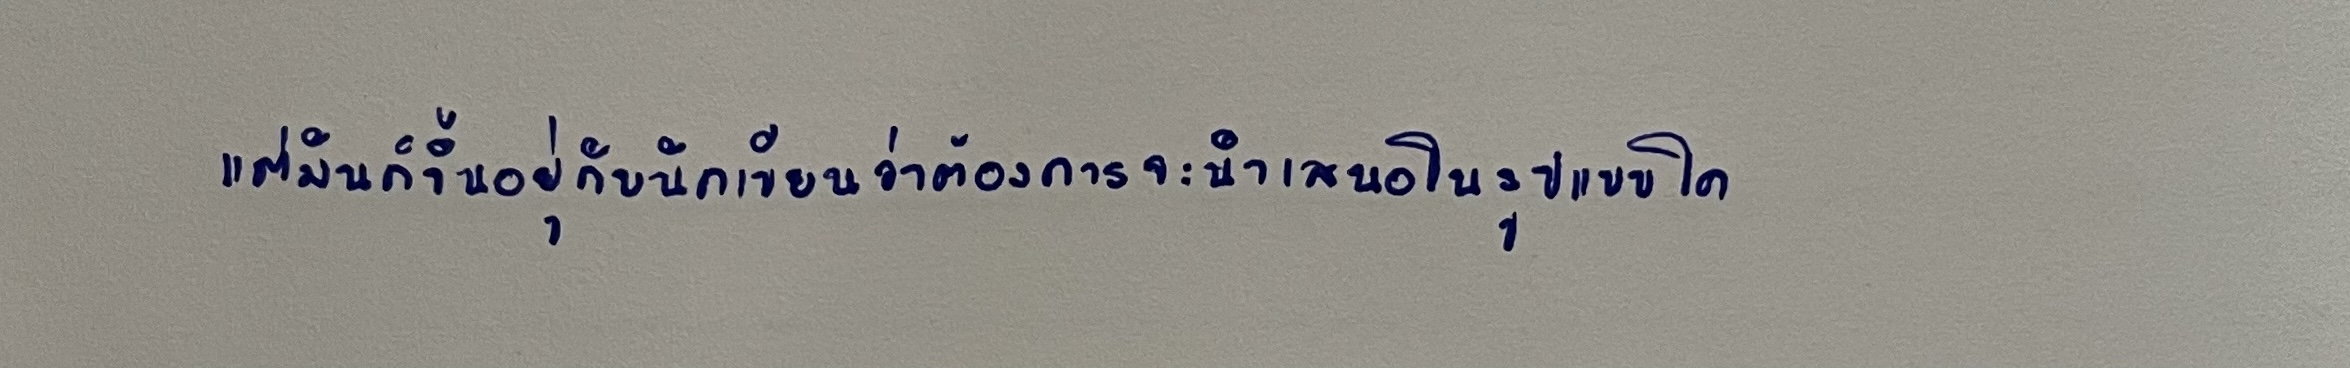
แต่มันก็ขึ้นอยู่กับนักเขียนว่าต้องการจะนำเสนอในรูปแบบใด